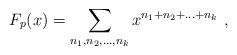
LaTeX: \begin{align*}F_p(x)=\sum_{n_1,n_2,\ldots,n_k}x^{n_1+n_2+\ldots+n_k}\ ,\end{align*}